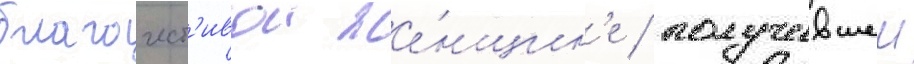
благочест'ивои же́нщин'е / получившеи